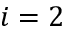
i = 2